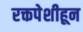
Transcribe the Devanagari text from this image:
रक्तपेशीहून